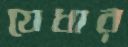
যেধার